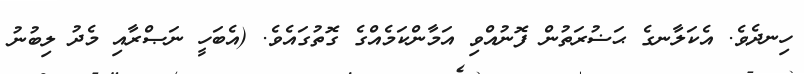
ހިނދެވެ. އެކަލާނގެ ޙަޟުރަތުން ފޮނުއްވި އަމާންކަމެއްގެ ގޮތުގައެވެ. (އެބަހީ ނަޞްރާއި މެދު ލިބުނު